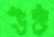
উঠ